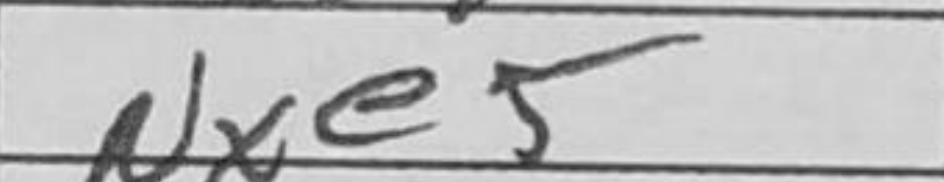
Transcription: Nxe5